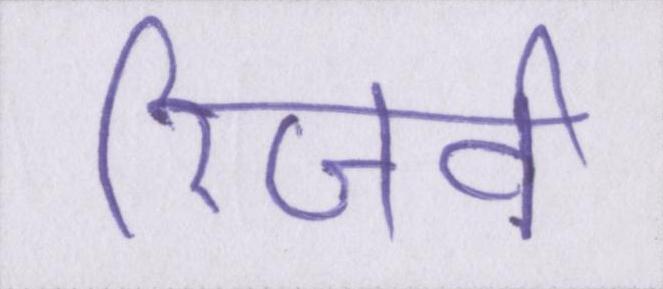
रिजर्व